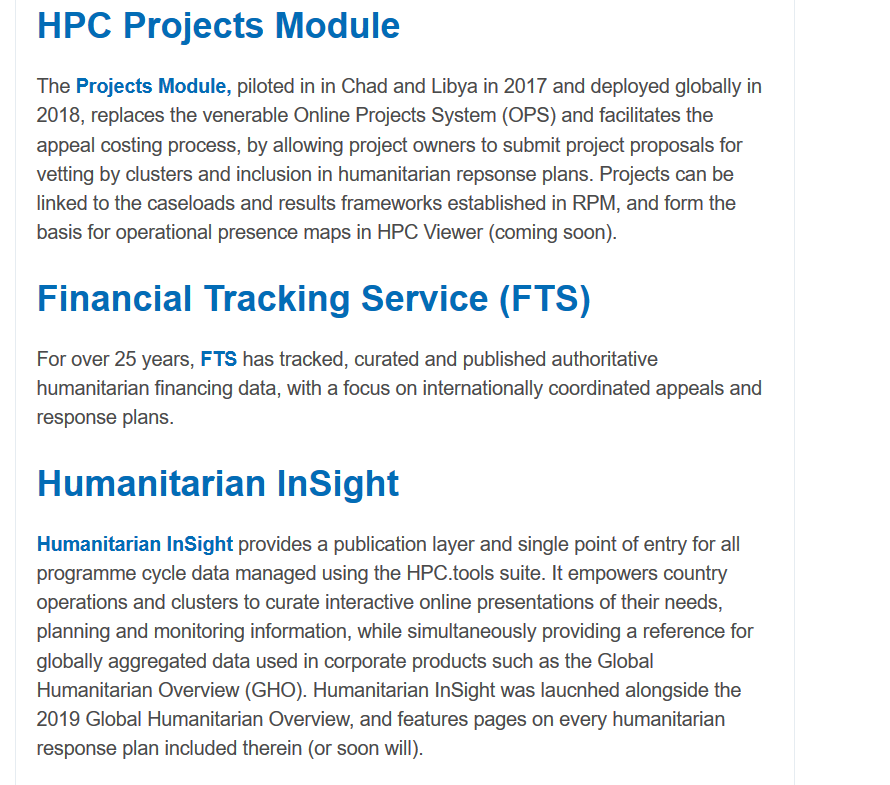
HPC    Projects    Module
    The Projects Module, piloted in in Chad and Libya in 2017 and deployed globally in
    2018, replaces the venerable Online Projects System (OPS) and facilitates the
    appeal costing process, by allowing project owners to submit project proposals for
    vetting by clusters and inclusion in humanitarian repsonse plans. Projects can be
    linked to the caseloads and results frameworks established in RPM, and form the
    basis for operational presence maps in HPC Viewer (coming soon).
     Financial    Tracking    Service    (FTS)
    For over 25 years, FTS has tracked, curated and published authoritative
    humanitarian financing data, with a focus on internationally coordinated appeals and
    response plans.
     Humanitarian    InSight
    Humanitarian  InSight provides a publication layer and single point of entry for all
    programme  cycle data managed using the HPC.tools suite. It empowers country
    operations and clusters to curate interactive online presentations of their needs,
    planning and monitoring information, while simultaneously providing a reference for
    globally aggregated data used in corporate products such as the Global
    Humanitarian Overview (GHO). Humanitarian InSight was laucnhed alongside the
    2019 Global Humanitarian Overview, and features pages on every humanitarian
    response plan included therein (or soon will).